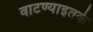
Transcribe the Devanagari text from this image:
वाटण्याइतके